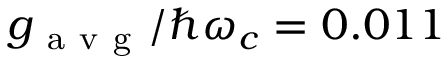
g _ { \mathrm { ~ a ~ v ~ g ~ } } / \hbar \omega _ { c } = 0 . 0 1 1